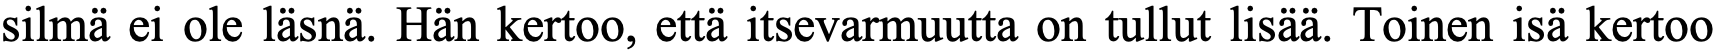
silmä ei ole läsnä. Hän kertoo, että itsevarmuutta on tullut lisää. Toinen isä kertoo